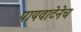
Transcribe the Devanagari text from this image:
पायवाटेनेच